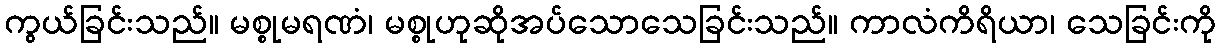
ကွယ်ခြင်းသည်။ မစ္စုမရဏံ၊ မစ္စုဟုဆိုအပ်သောသေခြင်းသည်။ ကာလံကိရိယာ၊ သေခြင်းကို